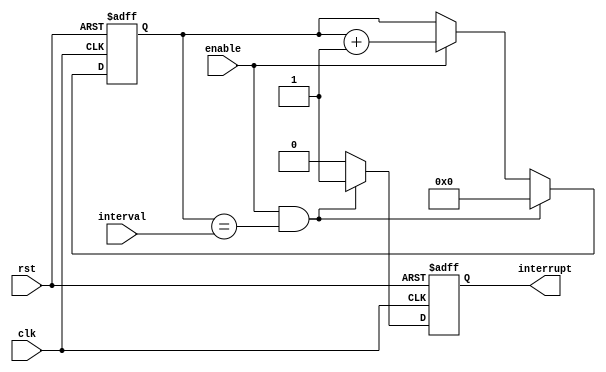
module Interval_Timer (
    input wire clk,
    input wire rst,
    input wire enable,
    input wire [31:0] interval,
    output reg interrupt
);

reg [31:0] counter;

always @(posedge clk or posedge rst) begin
    if (rst)
        counter <= 0;
    else if (enable && counter == interval)
        counter <= 0;
    else if (enable)
        counter <= counter + 1;
end

always @(posedge clk or posedge rst) begin
    if (rst)
        interrupt <= 0;
    else if (enable && counter == interval)
        interrupt <= 1;
    else
        interrupt <= 0;
end

endmodule